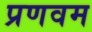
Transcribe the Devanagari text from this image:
प्रणवम